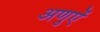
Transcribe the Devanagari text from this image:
अणुऐं